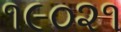
૧૯૦૨૧